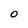
Character: O